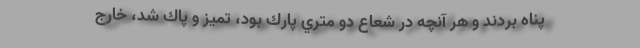
پناه بردند و هر آنچه در شعاع دو متري پارك بود، تميز و پاك شد، خارج